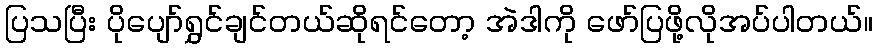
ပြသပြီး ပိုပျော်ရွှင်ချင်တယ်ဆိုရင်တော့ အဲဒါကို ဖော်ပြဖို့လိုအပ်ပါတယ်။